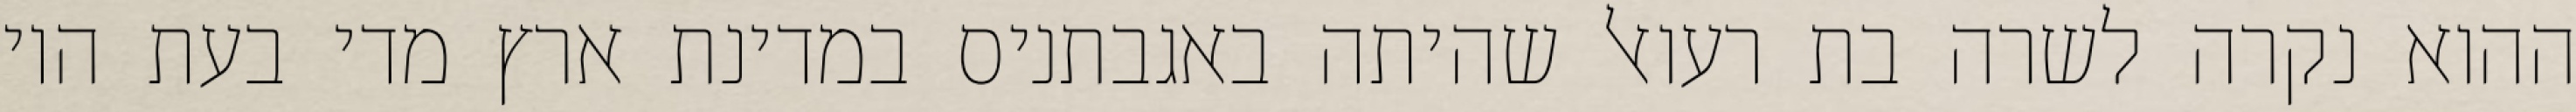
ההוא נקרה לשרה בת רעואל שהיתה באגבתניס במדינת ארץ מדי בעת היו